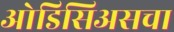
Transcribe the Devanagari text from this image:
ओडिसिअसचा